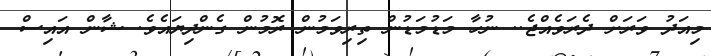
މިއަދު ވަރަށް ދެރަވެއްޖެ.. ނުހާ މަޑުމަޑުން ތިރިވަމުން ރޮމުން ގެންދިޔައެވެ. ޝާން އައިސް